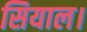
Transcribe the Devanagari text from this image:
सियाल।